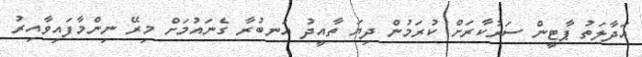
އަދާލަތު ޕާޓީން ސަރުކާރަށް ކުރަމުން ދިޔަ ތާއީދު އަނބުރާ ގެނައުމަށް މިރޭ ނިންމާފައިވާއިރު